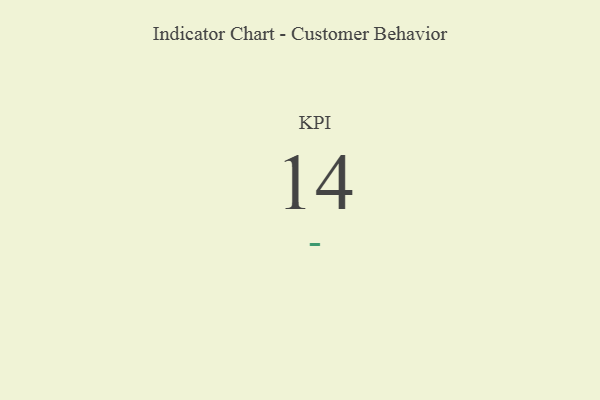
{"axis": {"x": "KPI", "y": "Value"}, "legend": [""], "data": [{"x": "KPI", "y": 14, "type": ""}]}